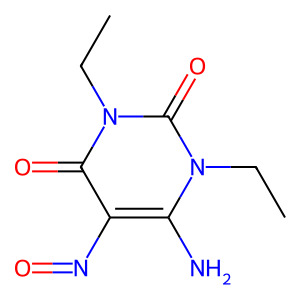
SMILES: CCn1c(N)c(N=O)c(=O)n(CC)c1=O
Inhibits HIV replication: No